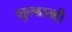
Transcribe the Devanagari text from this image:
शुल्कातही